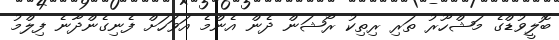
ބޮލީވުޑްގެ މަޝްހޫރު ތަރި ރިތިކު ރޯޝަން ދެން އެންމެ އަވަހަށް ފެނިގެންދާނެ ފިލްމު